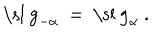
\mathrm { \ s l ~ g } _ { - \alpha } ~ = ~ \mathrm { \ s l ~ g } _ { \alpha } ~ .